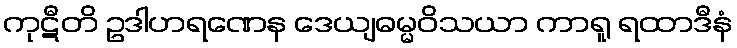
ကုဋီတိ ဥဒါဟရဏေန ဒေယျဓမ္မဝိသယာ ကာရူ ရထာဒီနံ